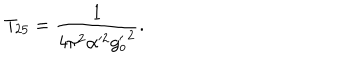
LaTeX: T _ { 2 5 } = \frac { 1 } { 4 \pi ^ { 2 } \alpha ^ { 2 } { g _ { o } ^ { \prime } } ^ { 2 } } .